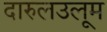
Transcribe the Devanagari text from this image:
दारुलउलूम